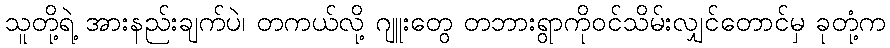
သူတို့ရဲ့ အားနည်းချက်ပဲ၊ တကယ်လို့ ဂျူးတွေ တဘားရွာကိုဝင်သိမ်းလျှင်တောင်မှ ခုတုံ့က